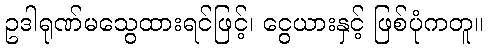
ဥဒါရုဏ်မသွေထားရင်ဖြင့်၊ ငွေယားနှင့် ဖြစ်ပုံကတူ။